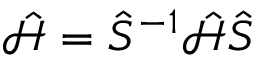
\mathcal { \hat { H } } = \hat { S } ^ { - 1 } \mathcal { \hat { H } } \hat { S }